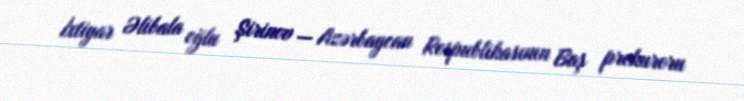
İxtiyar Əlibala oğlu Şirinov — Azərbaycan Respublikasının Baş prokuroru